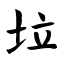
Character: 垃